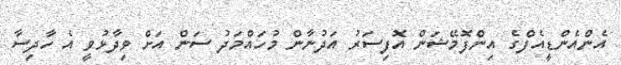
އެންއެންޑީއެފްގެ އިންފޮމޭޝަން އޮފިސަރު އަދުނާން މުހައްމަދު ސަން އަށް ވިދާޅުވީ އެ ހާދިސާ